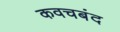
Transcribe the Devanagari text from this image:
कवचबंद